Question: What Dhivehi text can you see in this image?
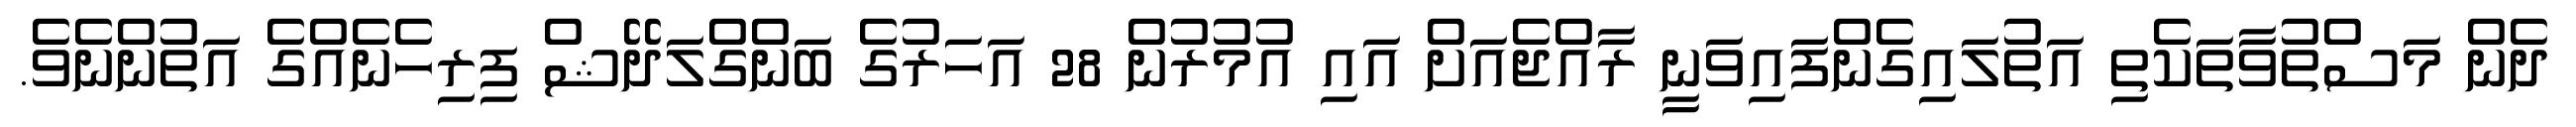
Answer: ދެން މަސްތުވާތަކެތި އަތުލައިގެންފައިވަނީ ރާއްޖެއަށް އައި އުމުރުން 28 އަހަރުގެ ބަންގްލަދޭޝް ފިރިހެނެއްގެ އަތުންނެވެ.